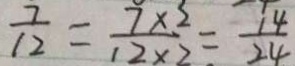
\frac { 7 } { 1 2 } = \frac { 7 \times 2 } { 1 2 \times 2 } = \frac { 1 4 } { 2 4 }